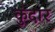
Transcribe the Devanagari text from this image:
कुंदार